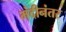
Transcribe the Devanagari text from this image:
मंदीनंतर